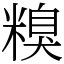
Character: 糗